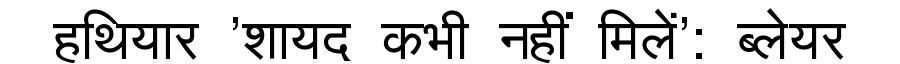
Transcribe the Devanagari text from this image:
हथियार 'शायद कभी नहीं मिलें': ब्लेयर